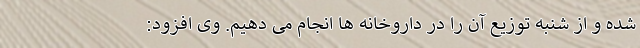
شده و از شنبه توزیع آن را در داروخانه ها انجام می دهیم. وی افزود: